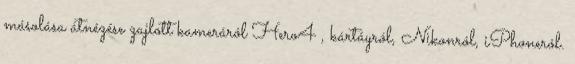
másolása átnézése zajlott kameráról Hero4 , kártáyról, Nikonról, iPhoneról.